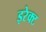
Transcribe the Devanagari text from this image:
इरेक्ट